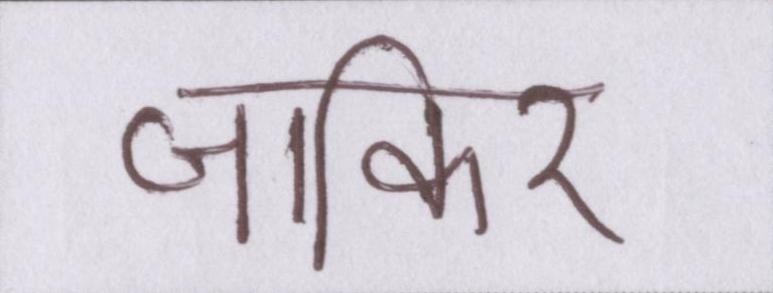
जाकिर